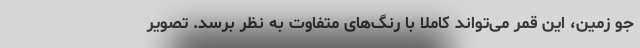
جو زمین، این قمر می‌تواند کاملاً با رنگ‌های متفاوت به نظر برسد. تصویر